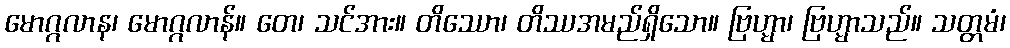
မောဂ္ဂလာန၊ မောဂ္ဂလာန်။ တေ၊ သင်အား။ တိဿော၊ တိဿအမည်ရှိသော။ ဗြဟ္မာ၊ ဗြဟ္မာသည်။ သတ္တမံ၊